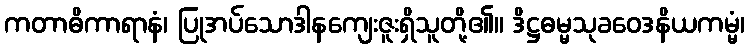
ကတာဓိကာရာနံ၊ ပြုအပ်သောဒါနကျေးဇူးရှိသူတို့၏။ ဒိဋ္ဌဓမ္မသုခဝေဒနိယကမ္မံ၊